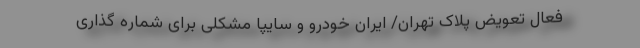
فعال تعویض پلاک تهران/ ایران خودرو و سایپا مشکلی برای شماره گذاری